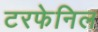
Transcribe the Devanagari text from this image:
टरफेनिल